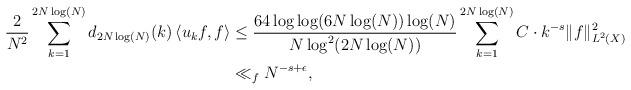
LaTeX: \begin{align*} \frac{2}{N^2}\sum_{k=1}^{2N\log(N)}d_{2N\log(N)}(k)\left<u_{k}f,f\right> &\leq \frac{64\log\log(6N\log(N))\log(N)}{N\log^{2}(2N\log(N))}\sum_{k=1}^{2N\log(N)}C\cdot k^{-s}\|f\|_{L^{2}(X)}^{2} \\ &\ll_{f} N^{-s+\epsilon},\end{align*}